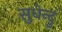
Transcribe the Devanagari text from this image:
सुधेन्दु